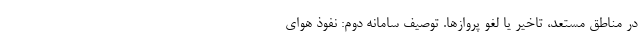
در مناطق مستعد، تاخیر یا لغو پرواز‌ها. توصیف سامانه دوم: نفوذ هوای